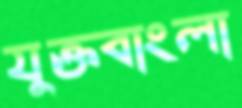
যুক্তবাংলা